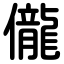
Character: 儱